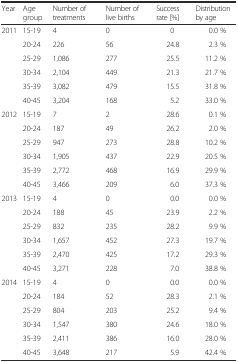
| Year | Age group | Number of treatments | Number of live births | Success rate [%] | Distribution by age |
 | --- | --- | --- | --- | --- | --- |
 | <ROWSPAN=6> 2011 | 15-19 | 4 | 0 | 0 | 0.0 % |
 | 20-24 | 226 | 56 | 24.8 | 2.3 % |
 | 25-29 | 1,086 | 277 | 25.5 | 11.2 % |
 | 30-34 | 2,104 | 449 | 21.3 | 21.7 % |
 | 35-39 | 3,082 | 479 | 15.5 | 31.8 % |
 | 40-45 | 3,204 | 168 | 5.2 | 33.0 % |
 | <ROWSPAN=6> 2012 | 15-19 | 7 | 2 | 28.6 | 0.1 % |
 | 20-24 | 187 | 49 | 26.2 | 2.0 % |
 | 25-29 | 947 | 273 | 28.8 | 10.2 % |
 | 30-34 | 1,905 | 437 | 22.9 | 20.5 % |
 | 35-39 | 2,772 | 468 | 16.9 | 29.9 % |
 | 40-45 | 3,466 | 209 | 6.0 | 37.3 % |
 | <ROWSPAN=6> 2013 | 15-19 | 4 | 0 | 0.0 | 0.0 % |
 | 20-24 | 188 | 45 | 23.9 | 2.2 % |
 | 25-29 | 832 | 235 | 28.2 | 9.9 % |
 | 30-34 | 1,657 | 452 | 27.3 | 19.7 % |
 | 35-39 | 2,470 | 425 | 17.2 | 29.3 % |
 | 40-45 | 3,271 | 228 | 7.0 | 38.8 % |
 | <ROWSPAN=6> 2014 | 15-19 | 4 | 0 | 0.0 | 0.0 % |
 | 20-24 | 184 | 52 | 28.3 | 2.1 % |
 | 25-29 | 804 | 203 | 25.2 | 9.4 % |
 | 30-34 | 1,547 | 380 | 24.6 | 18.0 % |
 | 35-39 | 2,411 | 386 | 16.0 | 28.0 % |
 | 40-45 | 3,648 | 217 | 5.9 | 42.4 % |